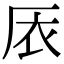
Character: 㕈